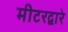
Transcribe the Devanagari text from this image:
मीटरद्वारे